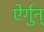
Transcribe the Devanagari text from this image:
ऐर्गुन्